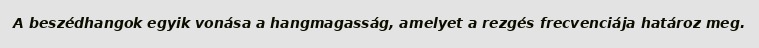
A beszédhangok egyik vonása a hangmagasság, amelyet a rezgés frecvenciája határoz meg.